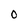
Character: O